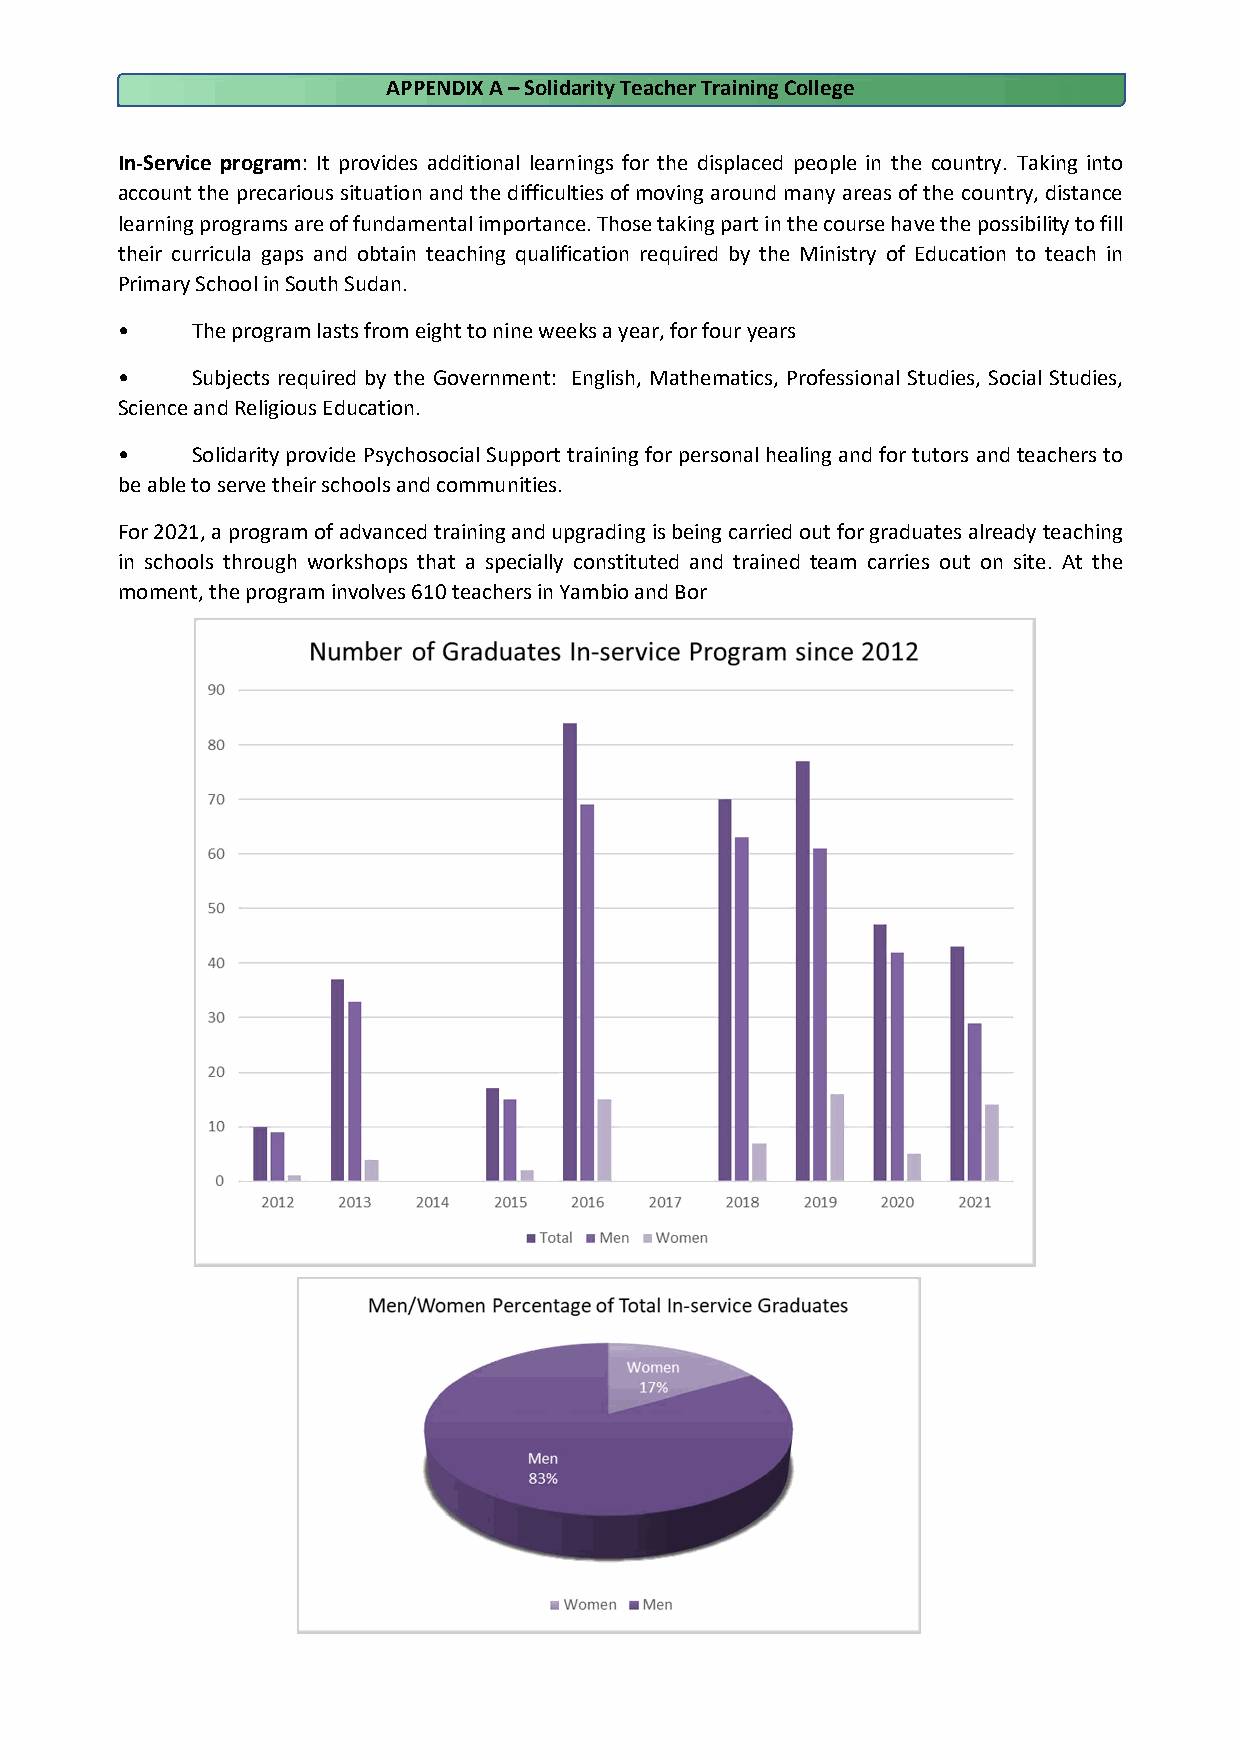
APPENDIX A – Solidarity Teacher Training College
 In-Service program: It provides additional learnings for the displaced people in the country. Taking into
 account the precarious situation and the difficulties of moving around many areas of the country, distance
 learning programs are of fundamental importance. Those taking part in the course have the possibility to fill
 their curricula gaps and obtain teaching qualification required by the Ministry of Education to teach in
 Primary School in South Sudan.
 •    The program lasts from eight to nine weeks a year, for four years
 •    Subjects required by the Government: English, Mathematics, Professional Studies, Social Studies,
 Science and Religious Education.
 •    Solidarity provide Psychosocial Support training for personal healing and for tutors and teachers to
 be able to serve their schools and communities.
 For 2021, a program of advanced training and upgrading is being carried out for graduates already teaching
 in schools through workshops that a specially constituted and trained team carries out on site. At the
 moment, the program involves 610 teachers in Yambio and Bor